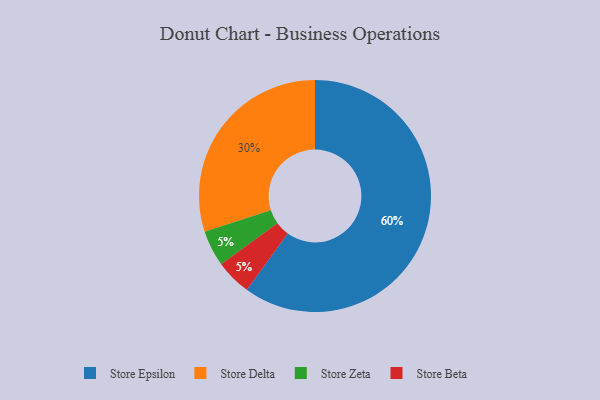
{"axis": {"x": "Category", "y": "Percentage"}, "legend": ["Store Beta", "Store Delta", "Store Epsilon", "Store Zeta"], "data": [{"x": "Store Zeta", "y": 5, "type": "Store Zeta"}, {"x": "Store Delta", "y": 30, "type": "Store Delta"}, {"x": "Store Beta", "y": 5, "type": "Store Beta"}, {"x": "Store Epsilon", "y": 60, "type": "Store Epsilon"}]}